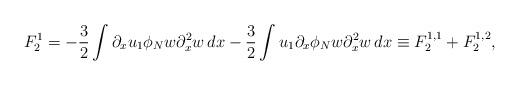
LaTeX: \begin{align*}F_2^1=-\frac32 \int \partial_x u_1\phi_N w\partial_x^2w\,dx-\frac32 \int u_1\partial_x\phi_N w \partial_x^2w\,dx\equiv F^{1,1}_2+F^{1,2}_2,\end{align*}